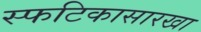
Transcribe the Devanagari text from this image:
स्फटिकासारखा